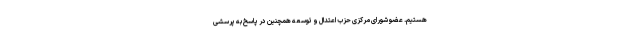
هستیم. عضو شورای مرکزی حزب اعتدال و توسعه همچنین در پاسخ به پرسشی